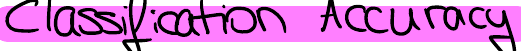
Classification Accuracy